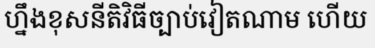
ហ្នឹងខុសនីតិវិធីច្បាប់វៀតណាម ហើយ